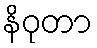
နိဝုတာ